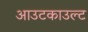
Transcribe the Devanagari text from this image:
आउटकाउल्ट